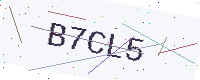
Text: B7CL5